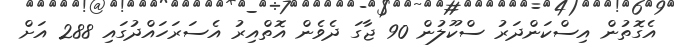
އެގޮތުން އިސްކަންދަރު ސްކޫލުން 90 ޖާގަ ދެވެން އޮތްއިރު އެސަރަހައްދުގައި 288 އަށް